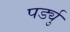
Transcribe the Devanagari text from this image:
पर्ड्यु